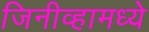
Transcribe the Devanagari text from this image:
जिनीव्हामध्ये